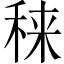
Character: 𥟂